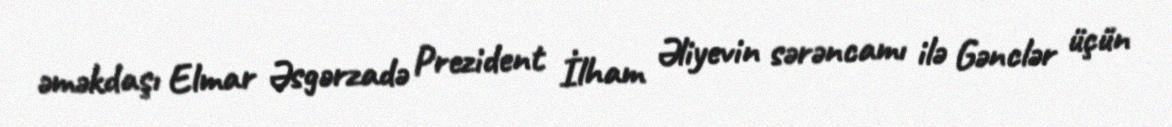
əməkdaşı Elmar Əsgərzadə Prezident İlham Əliyevin sərəncamı ilə Gənclər üçün